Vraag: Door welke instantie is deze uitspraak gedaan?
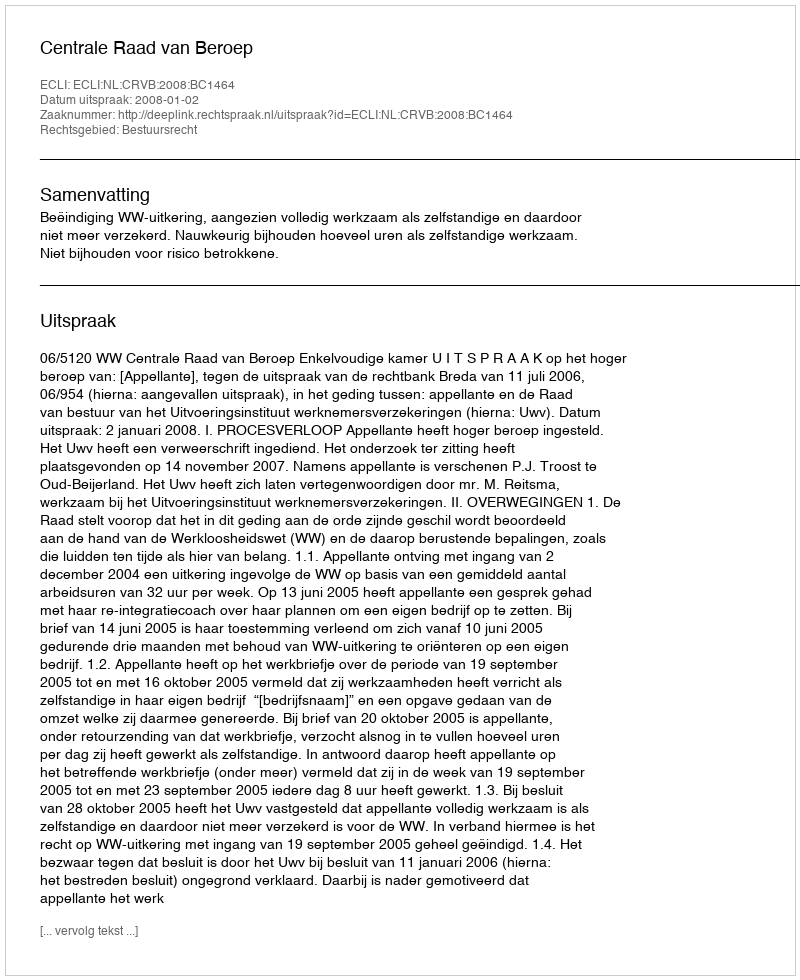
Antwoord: Centrale Raad van Beroep